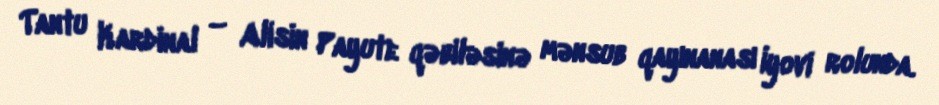
Tantu Kardinal – Alisin Payute qəbiləsinə mənsub qayınanası İyovi rolunda.